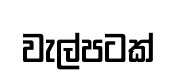
වැල්පටක්